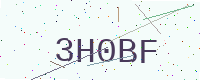
Text: 3H0BF